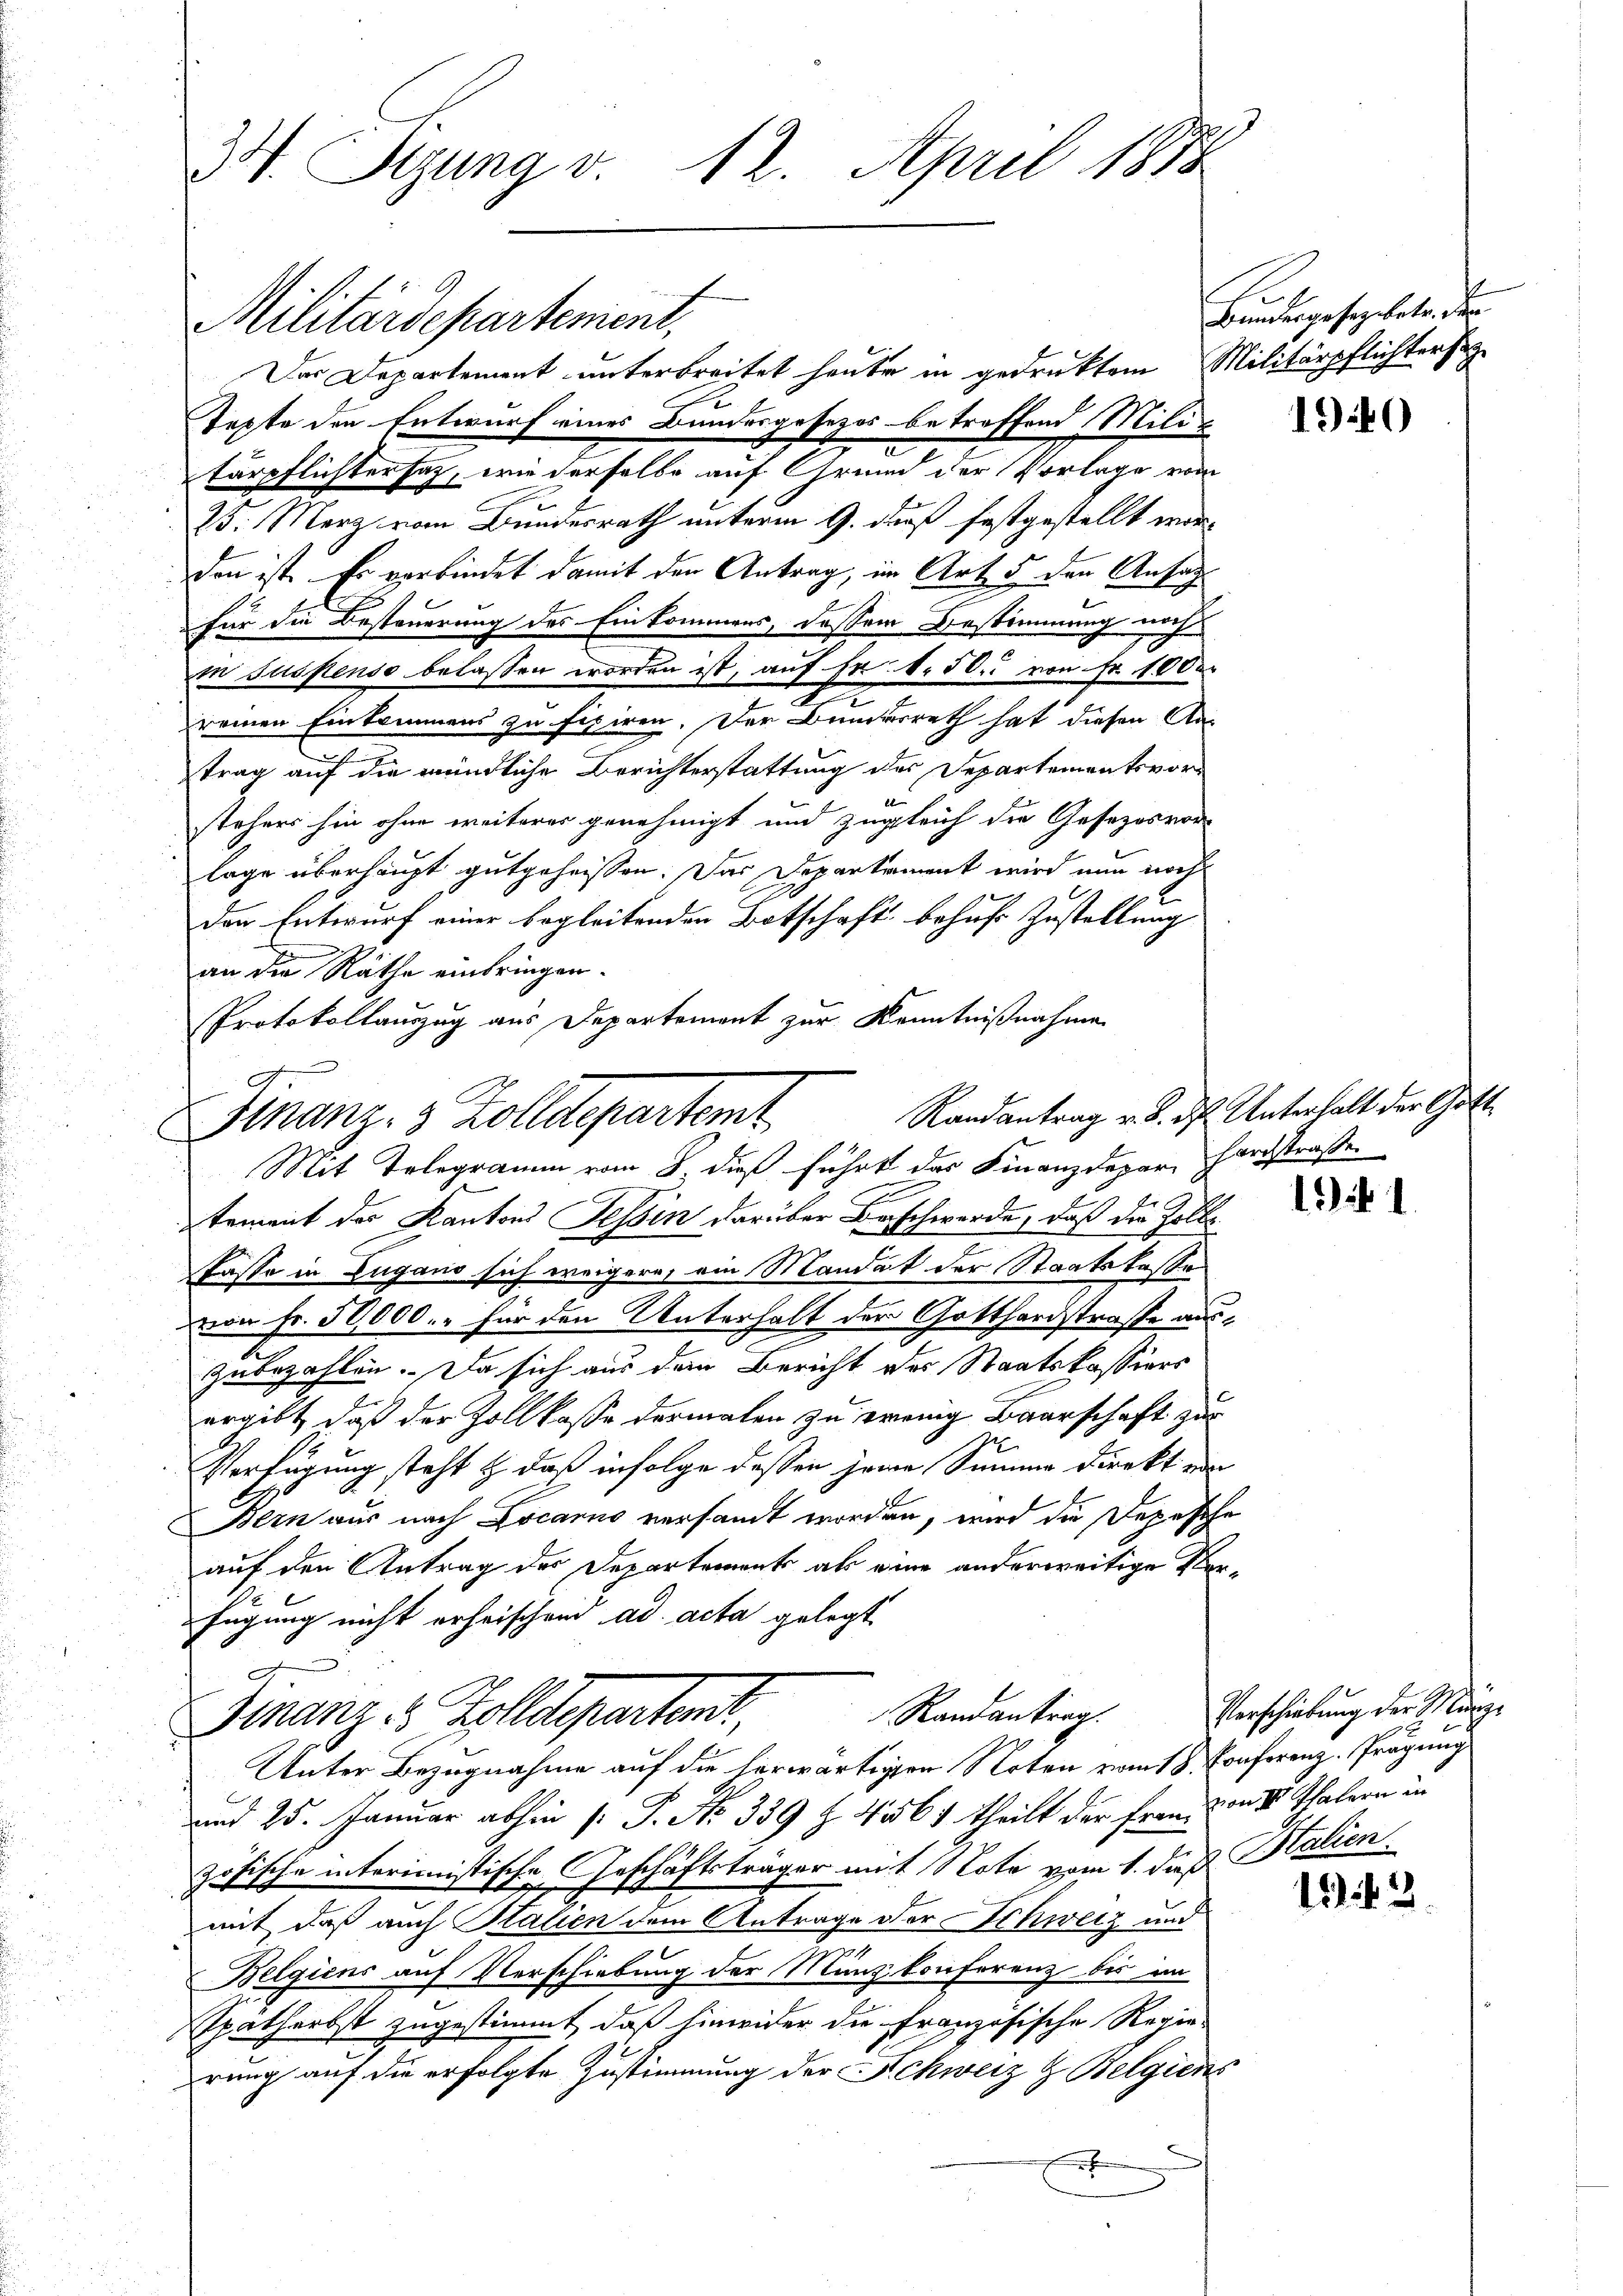
34. Sizung v. 12. April 1878

Militärdepartement,
Das Departement unterbreitet haute in gedruktem Militärpflichtersez
Texte den Entwurf eines Bundesgesezes betreffend Mili¬
u
tärpflichtersatz, wie derselbe auf Grund der Vorlage vom
25. Merz vom Bundesrath unterm 9. daß festgestellt werden ist. Er verbindet damit den Antrag, im Art 5 den Ansag
für die Besteuerung des Einkommens, dessem Bestimmung nachin suspenso belassen worden ist, auf Fr. 6. 50. von Fr. 1000
reinen Einkommens zu fixiren. Der Bundesrath hat diesen An-
trag auf die mündliche Berichterstattung des Departementsvorstehers hin ohne weiteres genehmigt und zugleich die Gesezesvor-
lage überhaupt gutgeheissen. Das Departement wird nun noch
der Entwurf einer begleitenden Botschaft behufs Zustellung
an die Räthe einbringen.
Protokollauszug aus Departement zur Kenntnißnahmen

Finanz- 3 Zolldepartemt
Mit Telegramm vom 8. dieß führt das Finanzdepar, Hardstraße

l

x
tement des Kantons Tessin darüber Beschwerde, daß die Holbe¬
Casse in Lugano sich weigern, ein Mandat der Staatskasse
von Fr. 50,000.- für den Unterhalt der Gotthardstrasse ausn
zubezahlen. Da sich aus dem Bericht des Staatskassiers
ergibt, daß der Zollkasse dermalen zu wenig Baarschaft zur
Verfügung steht & daß infolge dessen jene Summe direkt ein
Bern aus nach Locarno versandt worden, wird die Depesche
auf den Antrag des Departements als eine anderweitige Ver¬
5
fügung nicht erheischend ad acta gelegt
Randantrag.
Finanzes Zolldeparten,
Unter Bezugnahme auf die herwärtigen Noten vom 18. Conferenz. Prägung
und 25. Januar abhin (: P. No 339 Z. 456) theilt der Frau von II. Thalern in
zösische interimistische Geschäftsträger mit Note vom 1. dieß Salien.
mit daß auch Italien dem Antrage der Schweiz und
Belgiens auf Verschiebung der Münzkonferenz bis im
Spatherbst zugestimmt, daß hinwider die Französische Regie-
rung auf die erfolgte Zustimmung der Schweiz & Belgiens

Bundesgesegebetr. der

190

Randantrag v. 8. d. Unterhalt der Gott¬

11.

Verschiebung der Münze

194. 3